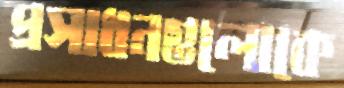
প্রসাধনগুলোকে